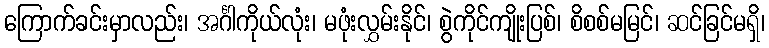
ကြောက်ခင်းမှာလည်း၊ အင်္ဂါကိုယ်လုံး၊ မဖုံးလွှမ်းနိုင်၊ စွဲကိုင်ကျိုးပြစ်၊ စိစစ်မမြင်၊ ဆင်ခြင်မရှိ၊